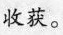
收获。